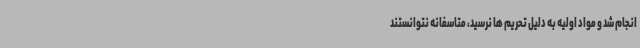
انجام‌ شد و مواد اولیه به دلیل تحریم ها نرسید، متاسفانه نتوانستند